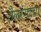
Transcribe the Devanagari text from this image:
तैलरंगाचा